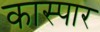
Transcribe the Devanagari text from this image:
कास्पार